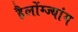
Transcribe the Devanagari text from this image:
हैलोंग्ज्यांग